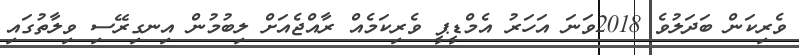
ވެރިކަން ބަދަލުވެ 2018ވަނަ އަހަރު އެމްޑީޕީ ވެރިކަމެއް ރާއްޖެއަށް ލިބުމުން އިނގިރޭސި ވިލާތުގައި